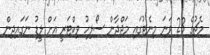
މެޗުގެ 23 ވަނަ މިނެޓުގައި މަޖްދާން ސޯލިހު ވިކްޓަރީ އަށް ލީޑު ނަގައިދިން